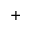
^ { + }